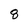
Character: 8